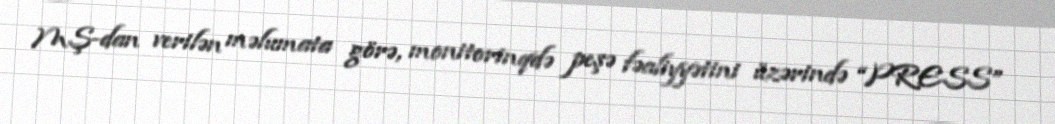
MŞ-dan verilən məlumata görə, monitorinqdə peşə fəaliyyətini üzərində “PRESS”